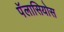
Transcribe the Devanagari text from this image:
पॅलासियोस